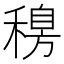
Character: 𥡐